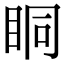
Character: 眮